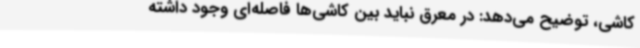
کاشی، توضیح می‌دهد: در معرق نباید بین کاشی‌ها فاصله‌ای وجود داشته